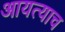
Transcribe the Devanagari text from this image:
आयत्याच